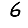
Digit: 6